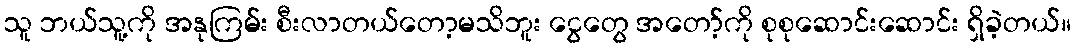
သူ ဘယ်သူ့ကို အနုကြမ်း စီးလာတယ်တော့မသိဘူး ငွေတွေ အတော့်ကို စုစုဆောင်းဆောင်း ရှိခဲ့တယ်။